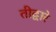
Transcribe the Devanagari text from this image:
तीद्वारे